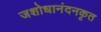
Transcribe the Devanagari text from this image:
जशोधानंदनकृत